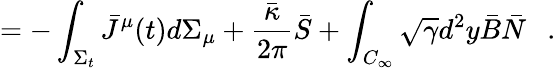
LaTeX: =-\int_{\Sigma_{t}}\bar{J}^{\mu}(t)d\Sigma_{\mu}+{\frac{\bar{\kappa}}{2\pi}}\bar{S}+\int_{C_{\infty}}\sqrt{\gamma}d^{2}y\bar{B}\bar{N}~~~.